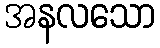
အနလသော